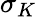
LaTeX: \sigma_{K}